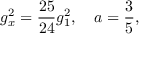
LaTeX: g _ { x } ^ { 2 } = { \frac { 2 5 } { 2 4 } } g _ { 1 } ^ { 2 } , ~ ~ ~ a = { \frac { 3 } { 5 } } ,